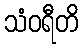
သံဝရီတိ